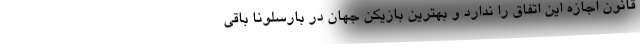
قانون اجازه این اتفاق را ندارد و بهترین بازیکن جهان در بارسلونا باقی